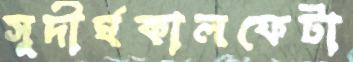
সুদীর্ঘকালফেটা